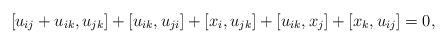
LaTeX: \begin{gather*}[u_{ij}+u_{ik},u_{jk}]+[u_{ik}, u_{ji}] +[x_i,u_{jk}]+[u_{ik},x_j]+[x_k,u_{ij}]=0,\end{gather*}